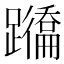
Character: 𨇕